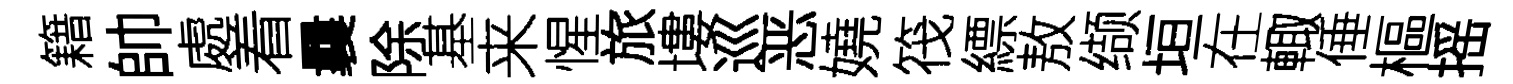
籍帥處着曩除基来惺旅塿巡恶嬈筏縹敖缬垣在輙倕樞摇